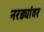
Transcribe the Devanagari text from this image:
नरड्यांवर